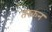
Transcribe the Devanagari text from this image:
तरकन